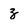
Character: z